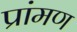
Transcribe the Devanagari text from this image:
प्रांमण